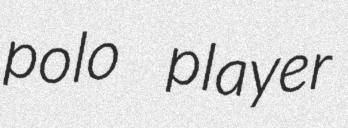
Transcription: polo player